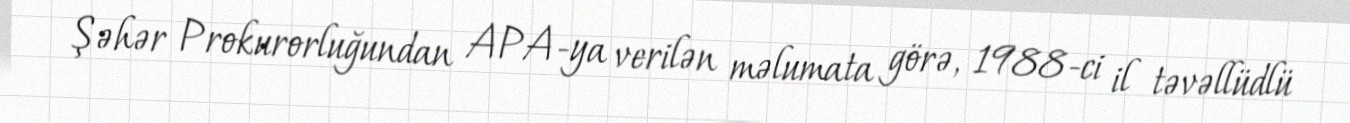
Şəhər Prokurorluğundan APA-ya verilən məlumata görə, 1988-ci il təvəllüdlü